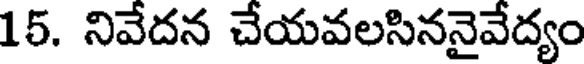
15. నివేదన చేయవలసిననైవేద్యం